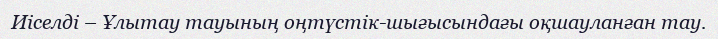
Иіселді – Ұлытау тауының оңтүстік-шығысындағы оқшауланған тау.